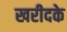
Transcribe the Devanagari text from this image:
खरीदके